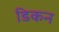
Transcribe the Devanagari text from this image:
डिकन